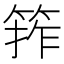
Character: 𮅖